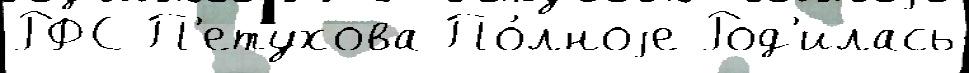
РФС П'етухова По́лноjе Род'илась